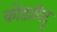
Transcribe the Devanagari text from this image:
कोंडाविदु